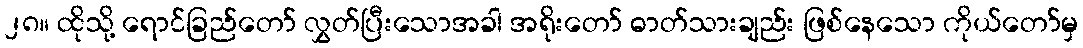
၂၈။ ထိုသို့ ရောင်ခြည်တော် လွှတ်ပြီးသောအခါ အရိုးတော် ဓာတ်သားချည်း ဖြစ်နေသော ကိုယ်တော်မှ